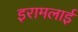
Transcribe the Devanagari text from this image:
इरामलाई